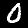
Label: 0